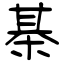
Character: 棊